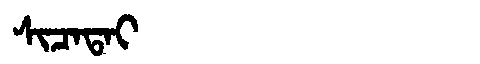
Manchu: ᠰᡳᠴᠠᡨᠠᡳ
Romanization: SICATAI